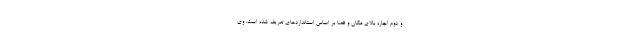
و دوم اجاره بالای مکان و فضا بر اساس استانداردهای تعریف شده است. وی